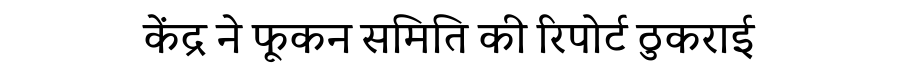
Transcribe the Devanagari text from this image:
केंद्र ने फूकन समिति की रिपोर्ट ठुकराई